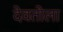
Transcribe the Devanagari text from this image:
देवतोला